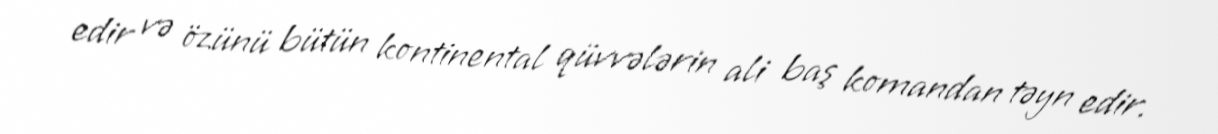
edir və özünü bütün kontinental qüvvələrin ali baş komandan təyn edir.